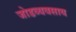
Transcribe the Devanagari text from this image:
जोडव्यवसाय